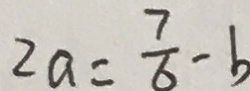
2 a = \frac { 7 } { 6 } - b